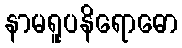
နာမရူပနိရောဓော